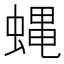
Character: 蝿